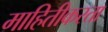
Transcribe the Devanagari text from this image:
माहितीकरता